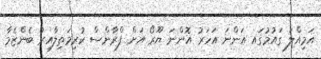
އަމިއްލަ ގައުމުގައ އަންނަ އަހަރު އޮންނަ ޔޫރޯ އަށް ފްރާންސް ކުރިމަތިލާއިރު ބެންޒެމާ